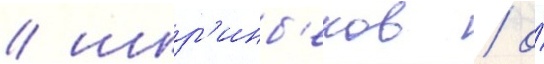
/ шир'инб'еков / о́